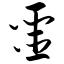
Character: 噩